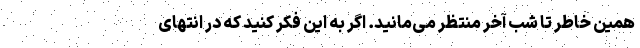
‌همین ‌خاطر تا شب آخر منتظر می‌مانید. اگر به این فکر کنید که در انتهای